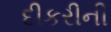
દીકરીની